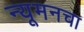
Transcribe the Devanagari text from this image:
न्यूमनचा